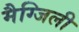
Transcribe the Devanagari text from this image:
मैग्जिली